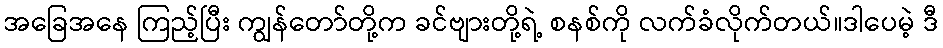
အခြေအနေ ကြည့်ပြီး ကျွန်တော်တို့က ခင်ဗျားတို့ရဲ့ စနစ်ကို လက်ခံလိုက်တယ်။ဒါပေမဲ့ ဒီ